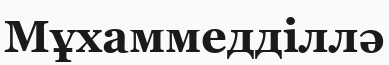
Мұхаммедділлә